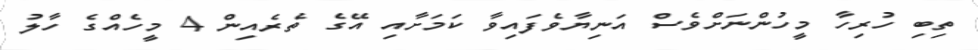
ތިބި ހުރިހާ މީހުންނަށްވެސް އަނިޔާވެފައިވާ ކަމަށާއި އޭގެ ތެރެއިން 4 މީހެއްގެ ހާލު